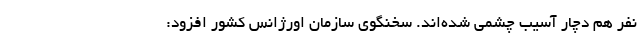
نفر هم دچار آسیب چشمی شده‌اند. سخنگوی سازمان اورژانس کشور افزود: